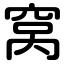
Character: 窝